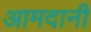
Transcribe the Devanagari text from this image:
आमदानी